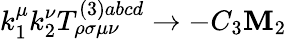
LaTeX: k_{1}^{\mu}k_{2}^{\nu}T_{\rho\sigma\mu\nu}^{(3)abcd}\rightarrow-C_{3}\mathbf{M}_{2}